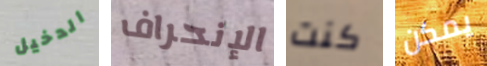
الدخيل الإنحراف كنت يمكن